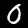
Label: 0